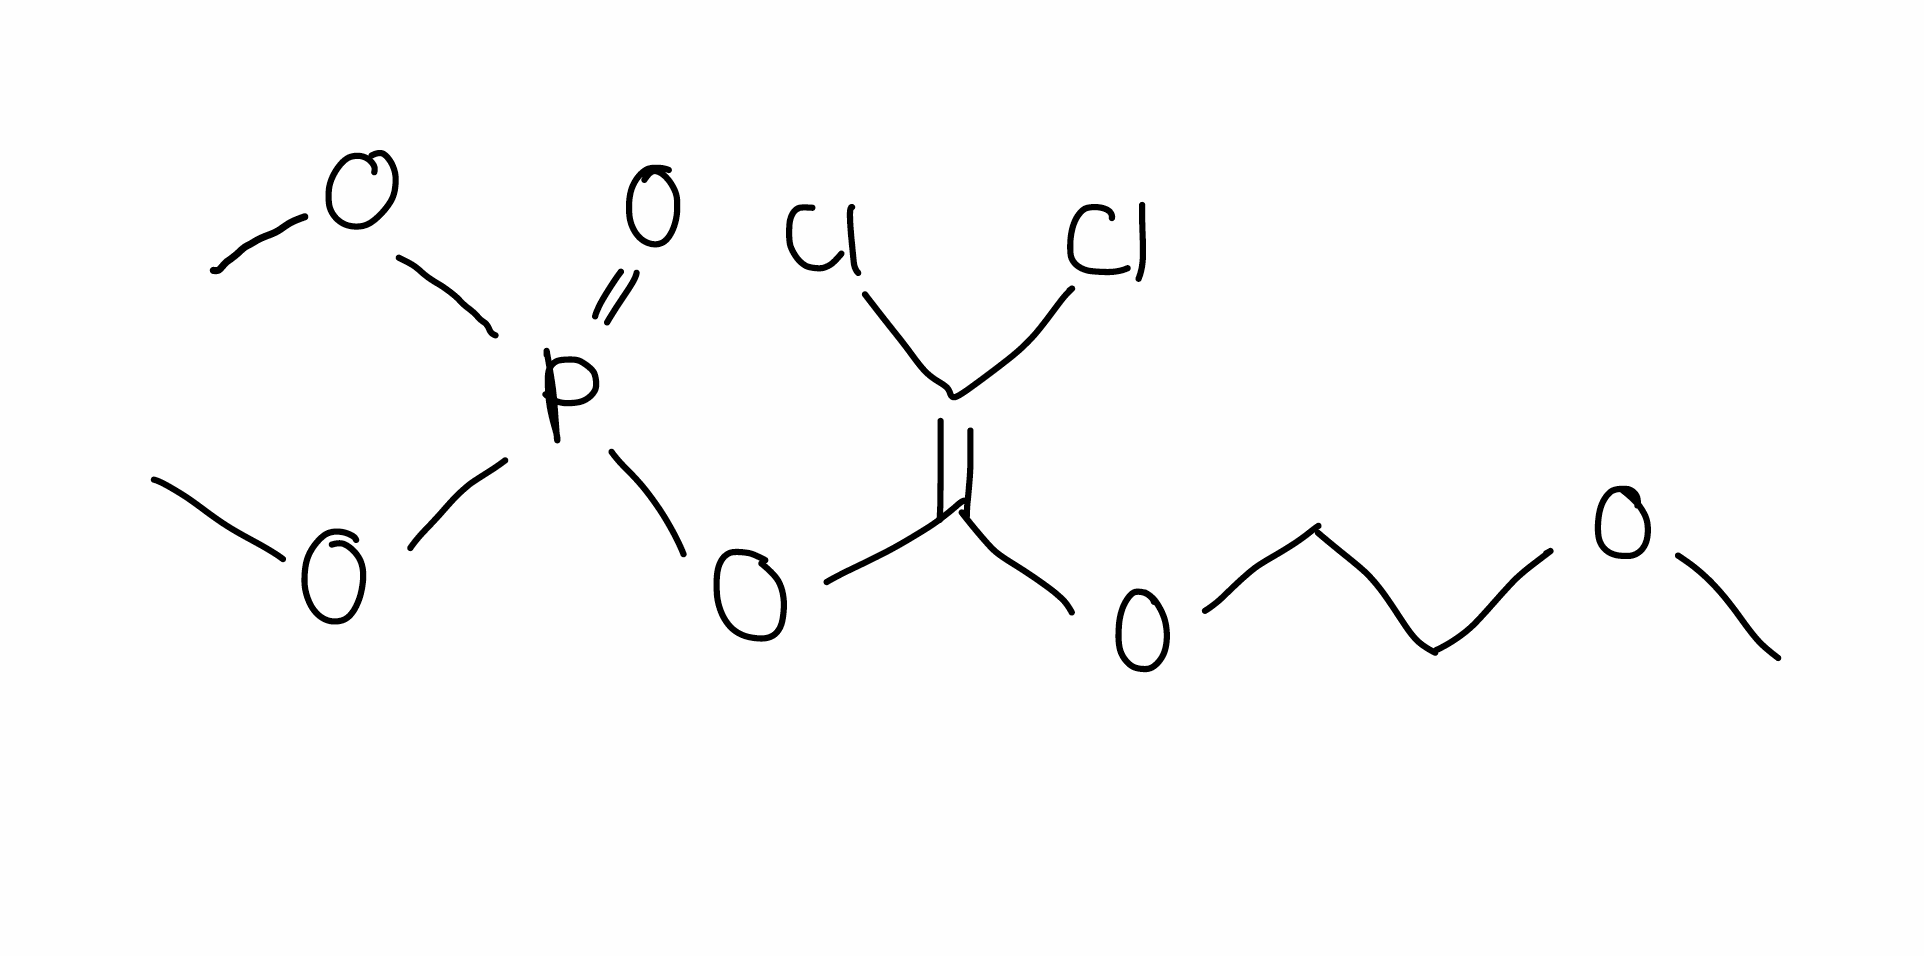
Simplified molecular-input line-entry system (SMILES) notation of the given molecule:
COCCOC(=C(Cl)Cl)OP(=O)(OC)OC